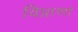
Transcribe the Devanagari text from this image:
विप्राणां